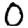
Digit: 0